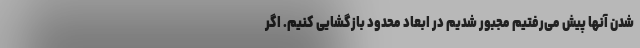
شدن آنها پیش می‌رفتیم مجبور شدیم در ابعاد محدود بازگشایی کنیم. اگر